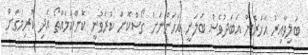
ބަލިވާއިރު އަހަރެން އަބަދުވެސް ބަލަނީ އަހަންނަށް ގޯސްކޮށް ކުރެވުނީ ކޮންކަމެއްތޯ އަދި ކުރިމަގަށް